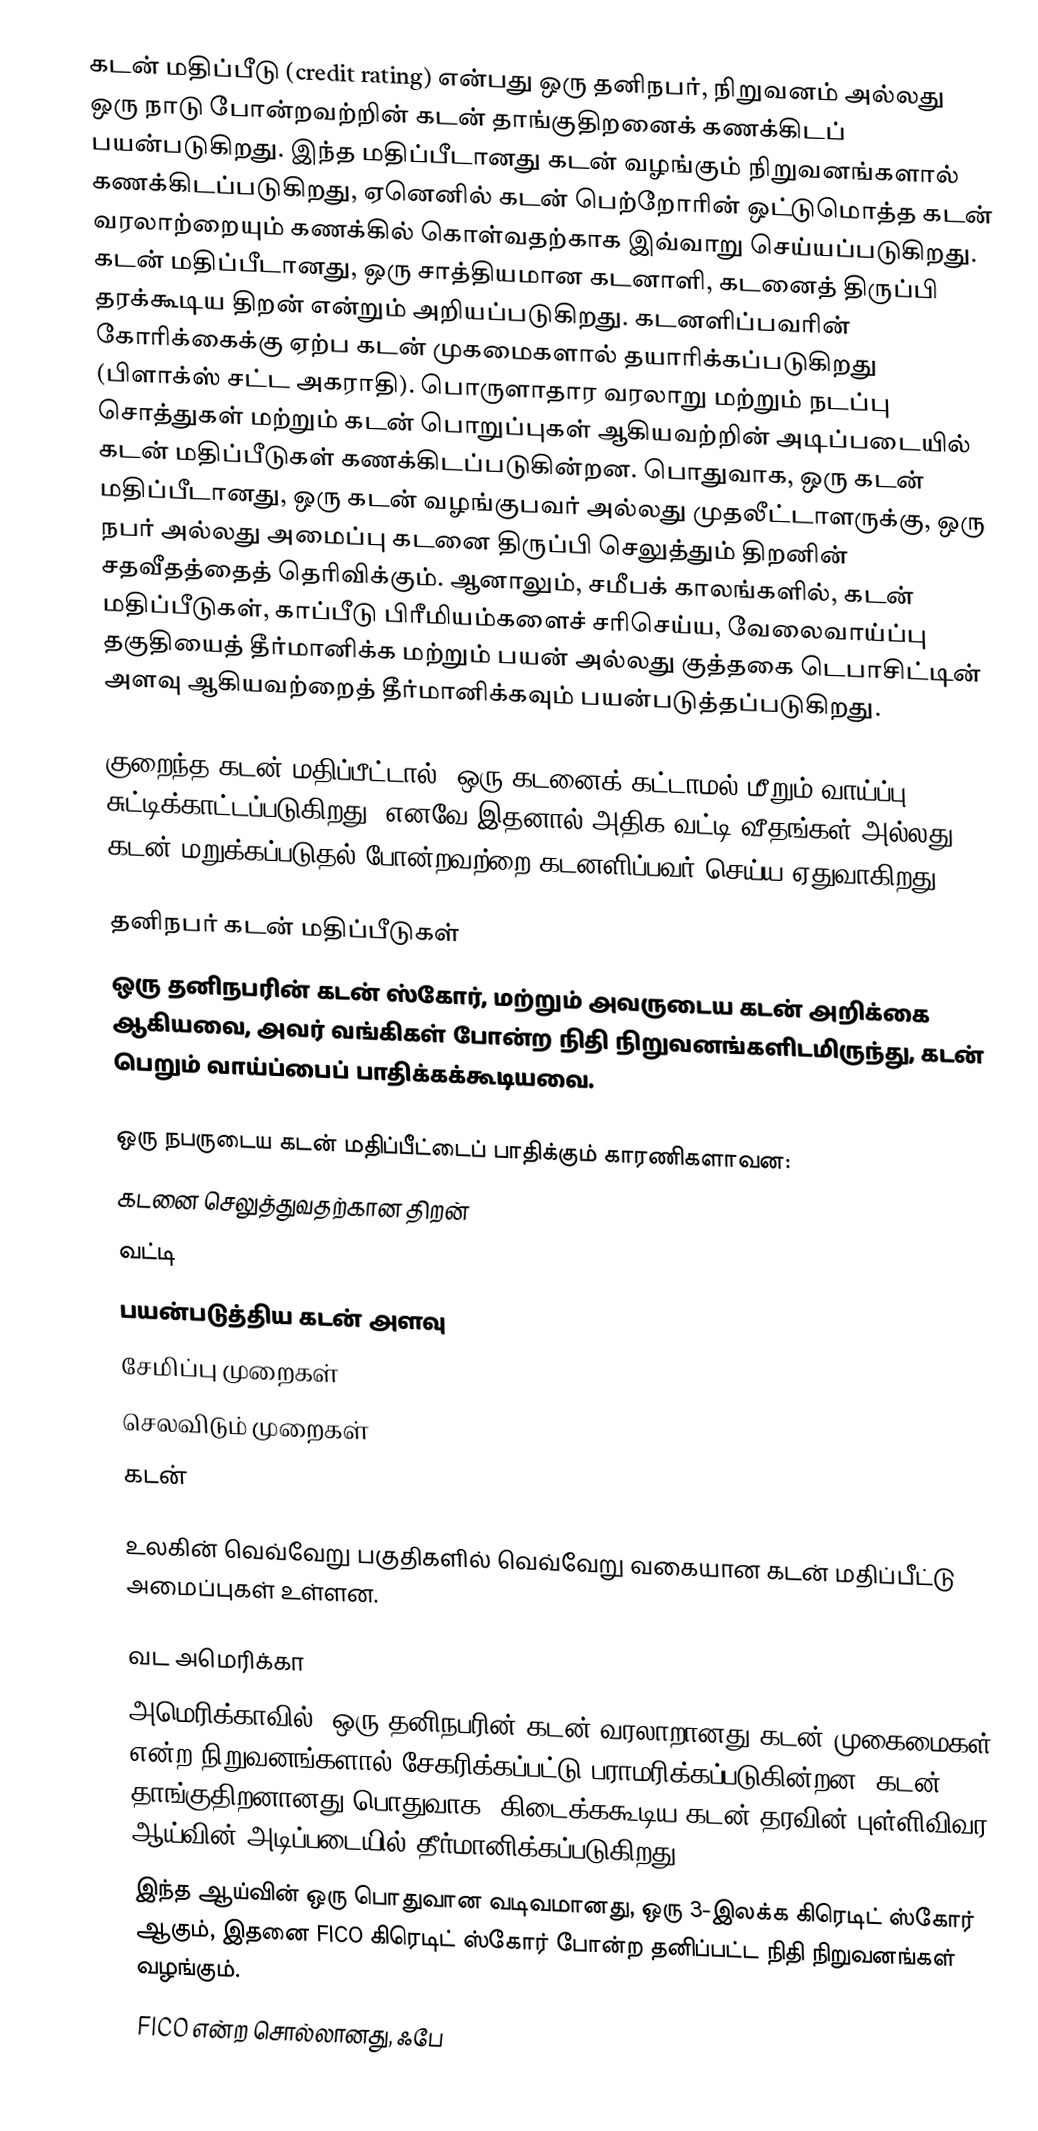
கடன் மதிப்பீடு (credit rating)  என்பது ஒரு தனிநபர், நிறுவனம் அல்லது ஒரு நாடு போன்றவற்றின் கடன் தாங்குதிறனைக் கணக்கிடப் பயன்படுகிறது. இந்த மதிப்பீடானது கடன் வழங்கும் நிறுவனங்களால் கணக்கிடப்படுகிறது, ஏனெனில் கடன் பெற்றோரின் ஒட்டுமொத்த கடன் வரலாற்றையும் கணக்கில் கொள்வதற்காக இவ்வாறு செய்யப்படுகிறது. கடன் மதிப்பீடானது, ஒரு சாத்தியமான கடனாளி, கடனைத் திருப்பி தரக்கூடிய திறன் என்றும் அறியப்படுகிறது. கடனளிப்பவரின் கோரிக்கைக்கு ஏற்ப கடன் முகமைகளால் தயாரிக்கப்படுகிறது (பிளாக்ஸ் சட்ட அகராதி). பொருளாதார வரலாறு மற்றும் நடப்பு சொத்துகள் மற்றும் கடன் பொறுப்புகள் ஆகியவற்றின் அடிப்படையில் கடன் மதிப்பீடுகள் கணக்கிடப்படுகின்றன. பொதுவாக, ஒரு கடன் மதிப்பீடானது, ஒரு கடன் வழங்குபவர் அல்லது முதலீட்டாளருக்கு, ஒரு நபர் அல்லது அமைப்பு கடனை திருப்பி செலுத்தும் திறனின் சதவீதத்தைத் தெரிவிக்கும். ஆனாலும், சமீபக் காலங்களில், கடன் மதிப்பீடுகள், காப்பீடு பிரீமியம்களைச் சரிசெய்ய, வேலைவாய்ப்பு தகுதியைத் தீர்மானிக்க மற்றும் பயன் அல்லது குத்தகை டெபாசிட்டின் அளவு ஆகியவற்றைத் தீர்மானிக்கவும் பயன்படுத்தப்படுகிறது.

குறைந்த கடன் மதிப்பீட்டால், ஒரு கடனைக் கட்டாமல் மீறும் வாய்ப்பு சுட்டிக்காட்டப்படுகிறது, எனவே இதனால் அதிக வட்டி வீதங்கள் அல்லது கடன் மறுக்கப்படுதல் போன்றவற்றை கடனளிப்பவர் செய்ய ஏதுவாகிறது.

தனிநபர் கடன் மதிப்பீடுகள்
ஒரு தனிநபரின் கடன் ஸ்கோர், மற்றும் அவருடைய கடன் அறிக்கை ஆகியவை, அவர் வங்கிகள் போன்ற நிதி நிறுவனங்களிடமிருந்து, கடன் பெறும் வாய்ப்பைப் பாதிக்கக்கூடியவை.

ஒரு நபருடைய கடன் மதிப்பீட்டைப் பாதிக்கும் காரணிகளாவன:
 கடனை செலுத்துவதற்கான திறன்
 வட்டி
 பயன்படுத்திய கடன் அளவு
 சேமிப்பு முறைகள்
 செலவிடும் முறைகள்
 கடன்

உலகின் வெவ்வேறு பகுதிகளில் வெவ்வேறு வகையான கடன் மதிப்பீட்டு அமைப்புகள் உள்ளன.

வட அமெரிக்கா
அமெரிக்காவில், ஒரு தனிநபரின் கடன் வரலாறானது கடன் முகைமைகள் என்ற நிறுவனங்களால் சேகரிக்கப்பட்டு பராமரிக்கப்படுகின்றன. கடன் தாங்குதிறனானது பொதுவாக, கிடைக்ககூடிய கடன் தரவின் புள்ளிவிவர ஆய்வின் அடிப்படையில் தீர்மானிக்கப்படுகிறது.
 இந்த ஆய்வின் ஒரு பொதுவான வடிவமானது, ஒரு 3-இலக்க கிரெடிட் ஸ்கோர் ஆகும், இதனை FICO கிரெடிட் ஸ்கோர் போன்ற தனிப்பட்ட நிதி நிறுவனங்கள் வழங்கும்.
 FICO என்ற சொல்லானது, ஃபே